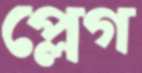
প্লেগ